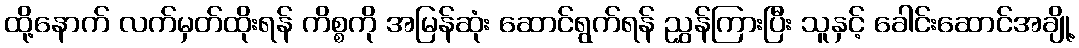
ထို့နောက် လက်မှတ်ထိုးရန် ကိစ္စကို အမြန်ဆုံး ဆောင်ရွက်ရန် ညွှန်ကြားပြီး သူနှင့် ခေါင်းဆောင်အချို့